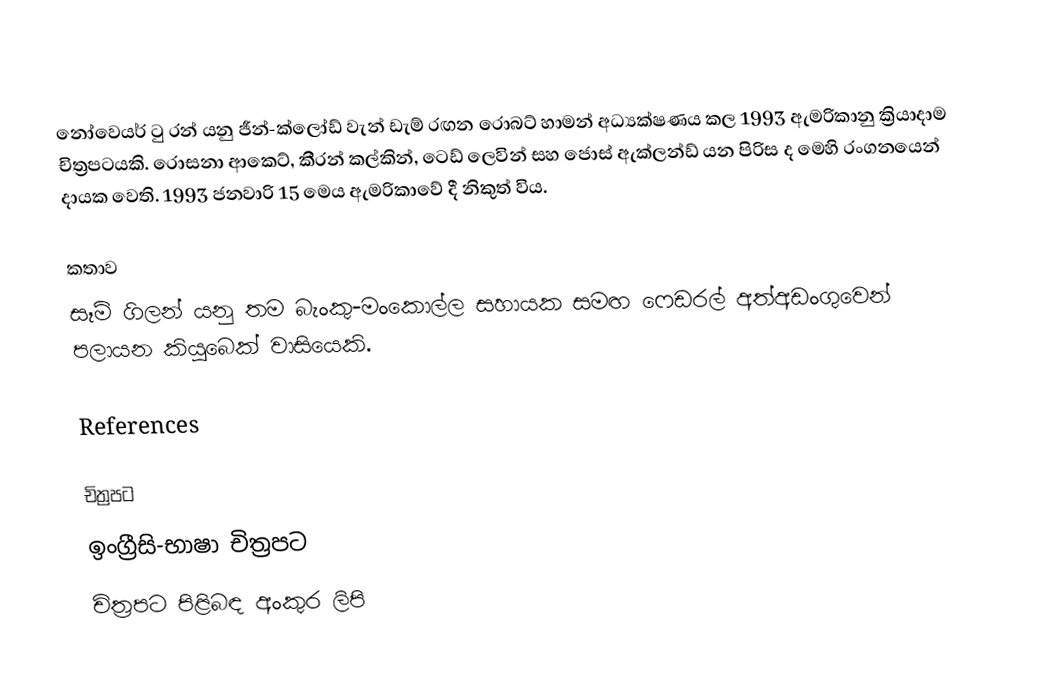
නෝවෙයර් ටු රන් යනු ජීන්-ක්ලෝඩ් වැන් ඩැම් රඟන රොබට් හාමන් අධ්‍යක්ෂණය කල  1993 ඇමරිකානු ක්‍රියාදාම චිත්‍රපටයකි. රොසනා ආකෙට්, කීරන් කල්කින්, ටෙඩ් ලෙවින් සහ ජොස් ඇක්ලන්ඩ් යන පිරිස ද  මෙහි රංගනයෙන් දායක වෙති. 1993 ජනවාරි 15 මෙය ඇමරිකාවේ දී  නිකුත් විය.

කතාව
සෑම් ගිලන් යනු තම බැංකු-මංකොල්ල සහායක සමඟ ෆෙඩරල් අත්අඩංගුවෙන් පලායන කියුබෙක් වාසියෙකි.

References

චිත්‍රපට
ඉංග්‍රීසි-භාෂා චිත්‍රපට
චිත්‍රපට පිළිබඳ අංකුර ලිපි